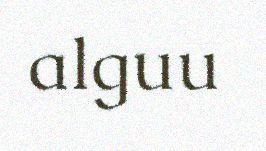
alguu